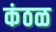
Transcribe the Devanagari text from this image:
कंठळ